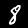
Digit: 8